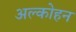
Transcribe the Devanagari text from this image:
अल्कोहन